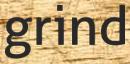
grind